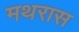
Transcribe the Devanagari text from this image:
मथरास